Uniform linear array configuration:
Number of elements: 4
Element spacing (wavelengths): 1
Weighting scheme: cosine
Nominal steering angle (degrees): -60
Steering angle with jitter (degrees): -58.095
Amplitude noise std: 0.05
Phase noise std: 0.05

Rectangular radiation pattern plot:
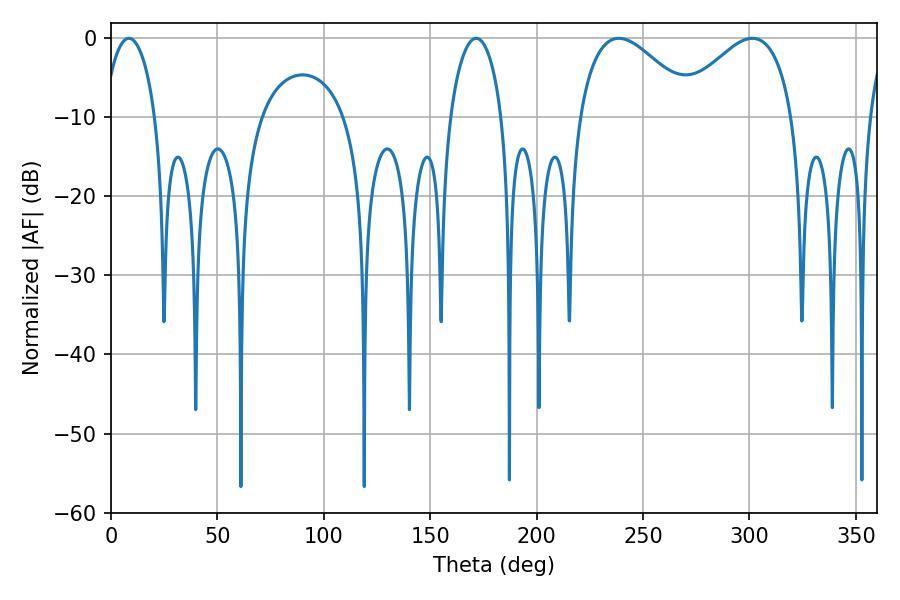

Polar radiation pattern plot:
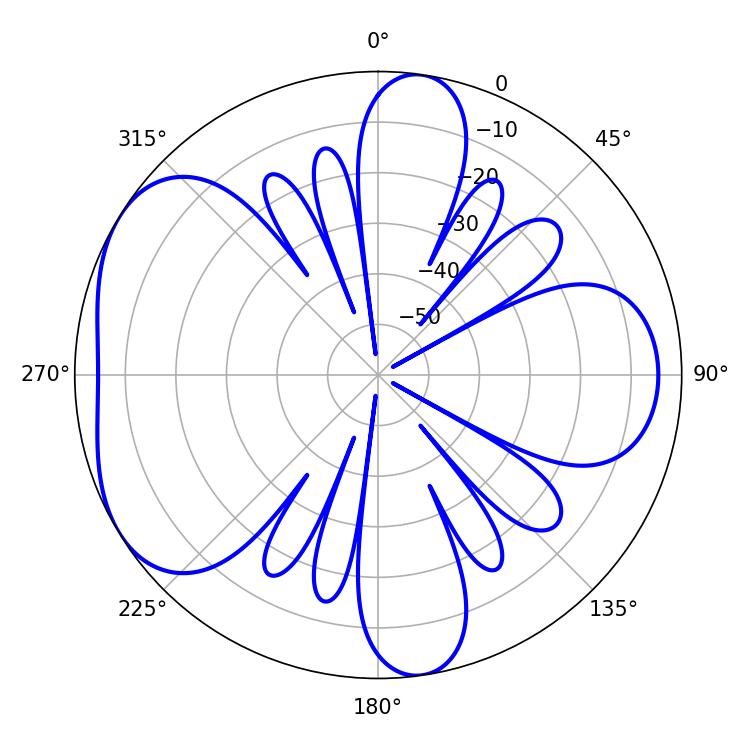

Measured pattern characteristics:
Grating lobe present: TRUE
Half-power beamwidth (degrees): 29.7
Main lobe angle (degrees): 238.68